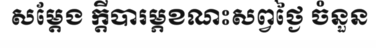
សម្តែង ក្តីបារម្ភខណះសព្វថ្ងៃ ចំនួន